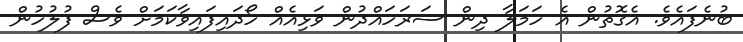
ބުނެފައެވެ. އެގޮތުން އެ ހަމަލާ ދިން ސަރަހައްދުން ވަޅިއެއް ހޯދައިފައިވާކަމަށް ވެސް ފުލުހުން